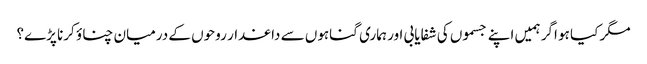
مگر کیا ہو اگر ہمیں اپنے جسموں کی شفایابی اور ہماری گناہوں سے داغدار روحوں کے درمیان چناؤ کرنا پڑے؟